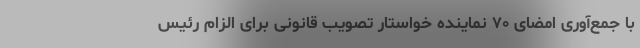
با جمع‌آوری امضای ۷۰ نماینده خواستار تصویب قانونی برای الزام رئیس